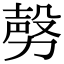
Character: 𣪤